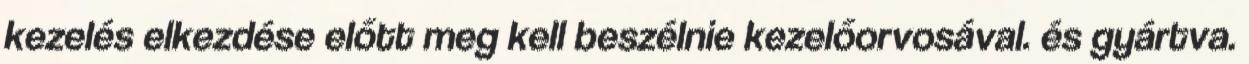
kezelés elkezdése előtt meg kell beszélnie kezelőorvosával. és gyártva.